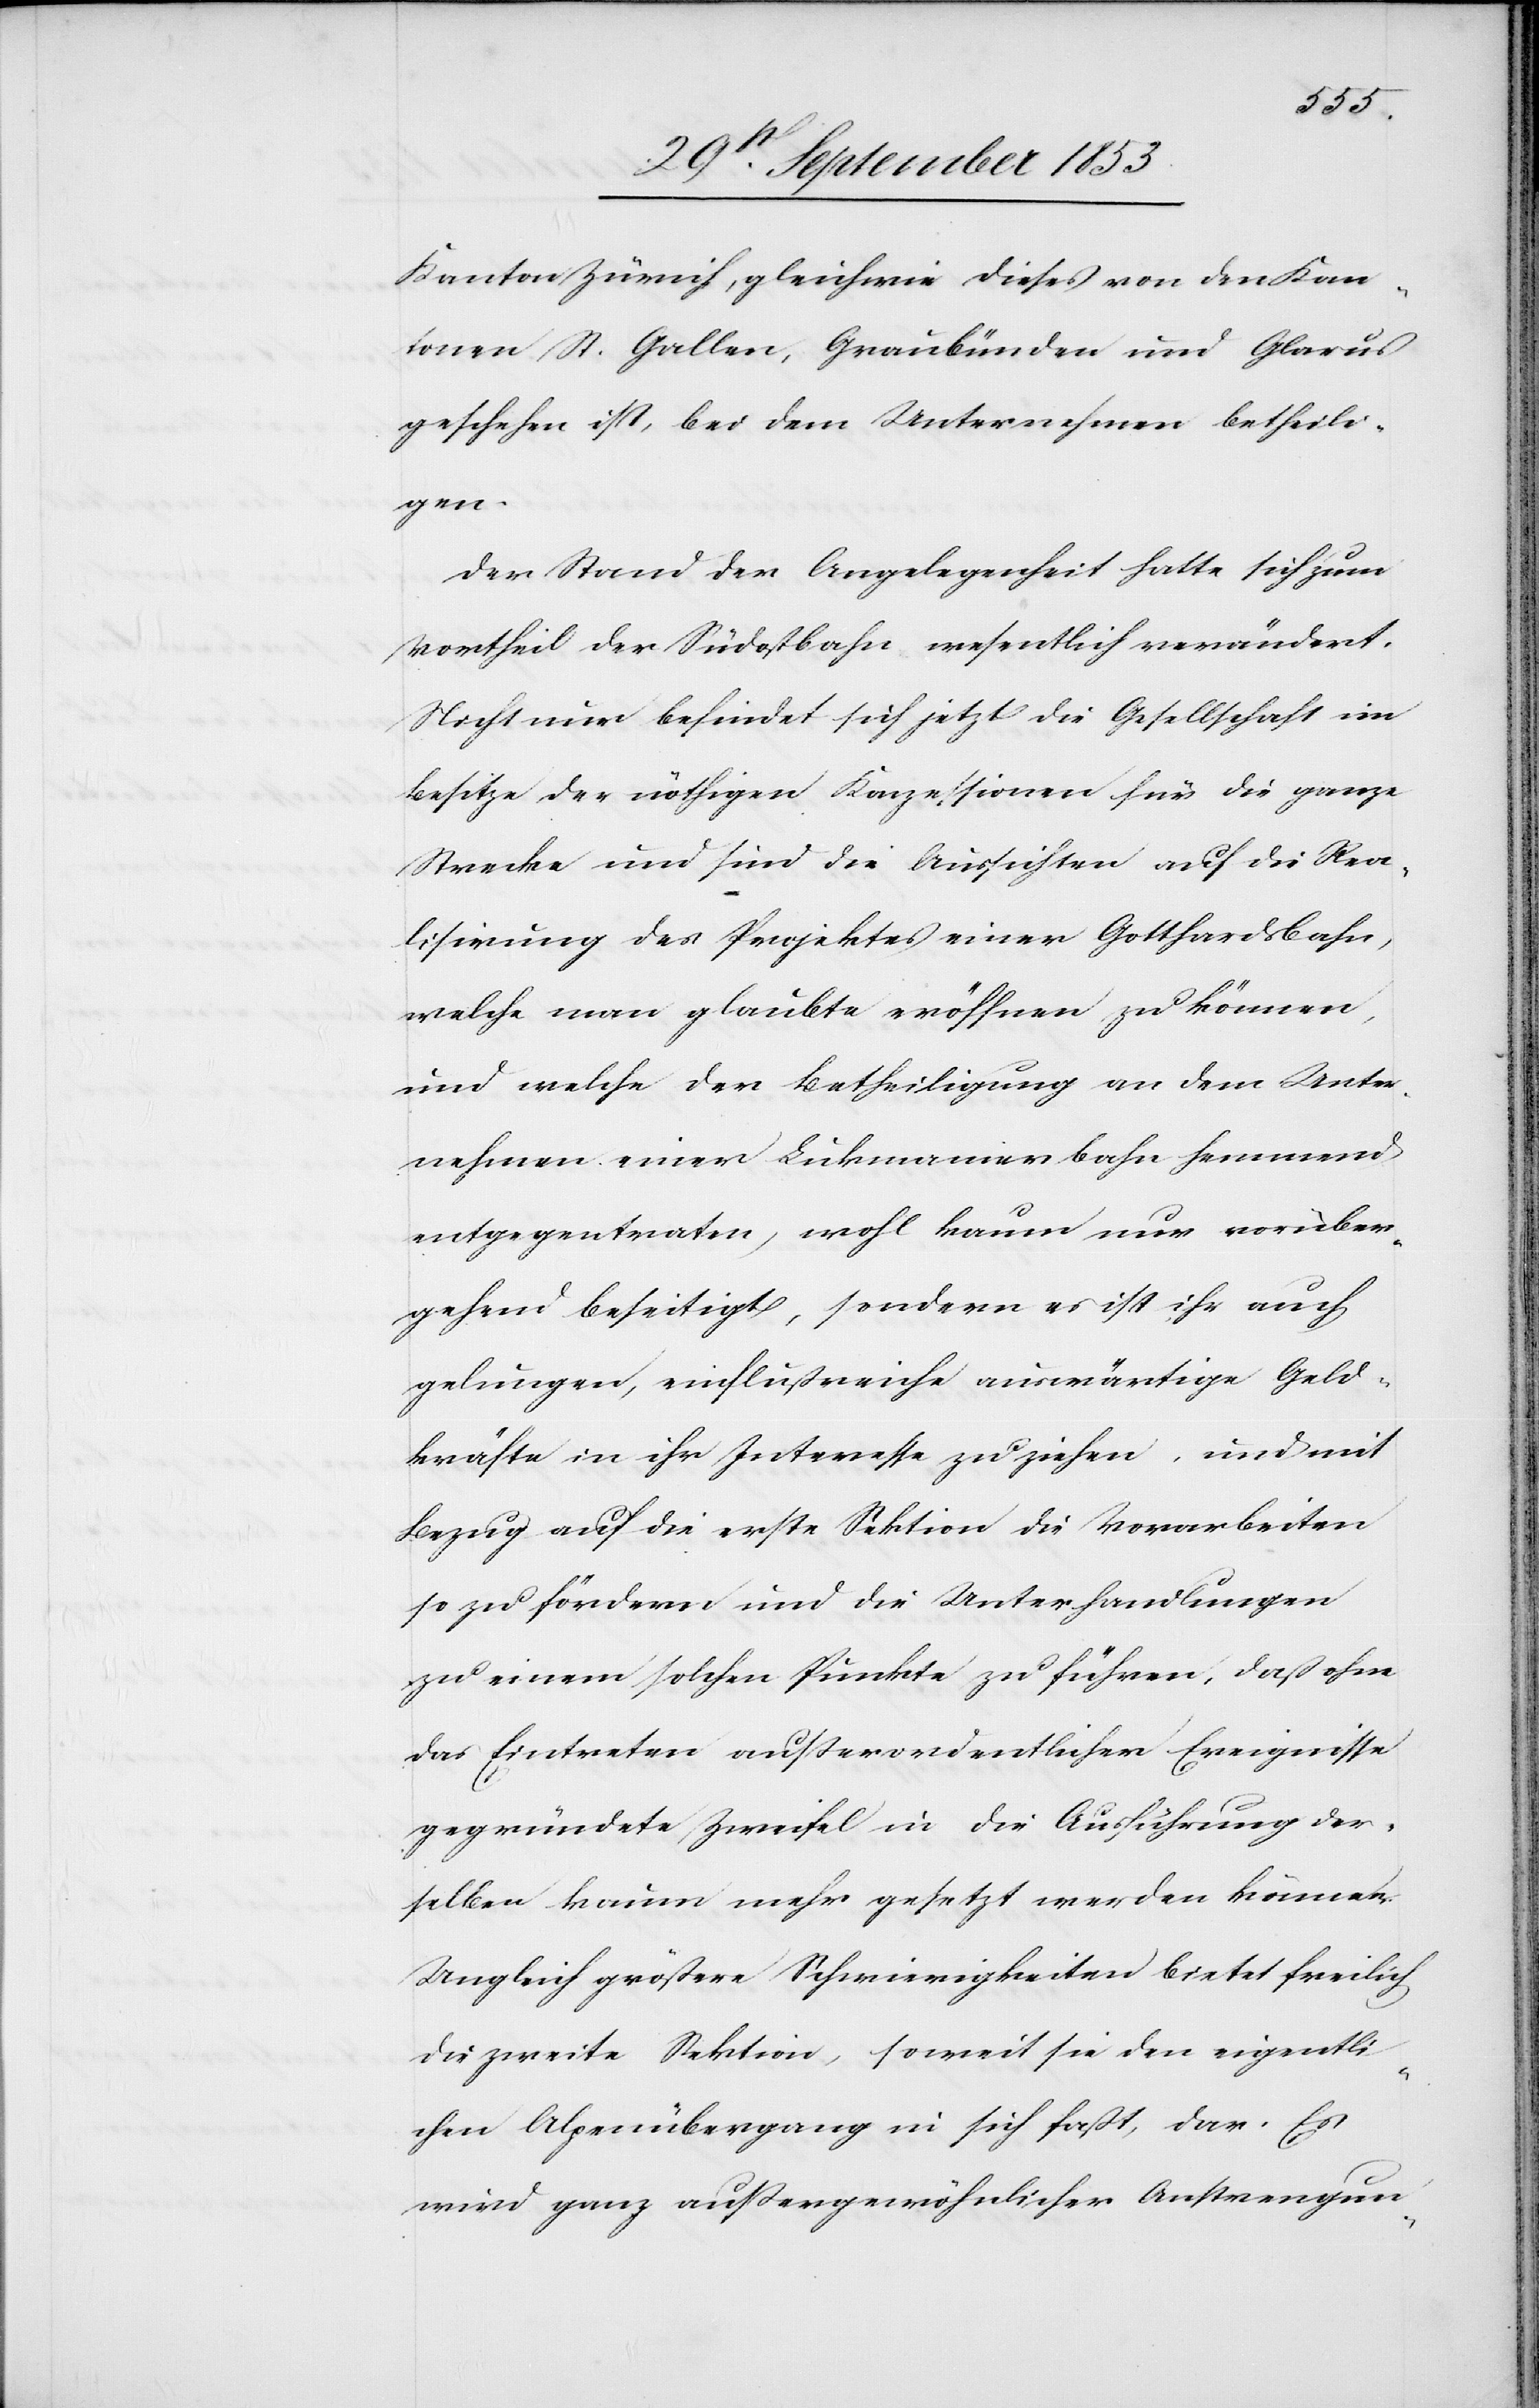
Kanton Zürich, gleichwie dieses von den Kan¬
tonen St. Gallen, Graubünden und Glarus
geschehen ist, bei dem Unternehmen betheili¬
gen.
Der Stand der Angelegenheit hatte sich zum
Vortheil der Südostbahn wesentlich verändert.
Nicht nur befindet sich jetzt die Gesellschaft im
Besitze der nöthigen Konzessionen für die ganze
Strecke und sind die Aussichten auf die Rea¬
lisirung des Projektes einer Gotthardbahn,
welche man glaubte eröffnen zu können,
und welche der Betheiligung an dem Unter¬
nehmen einer Lukmanierbahn hemmend
entgegentreten, wohl kaum nur vorüber¬
gehend beseitigt, sondern es ist ihr auch
gelungen, einflußreiche auswärtige Geld¬
kräfte in ihr Interesse zu ziehen, und mit
Bezug auf die erste Sektion die Vorarbeiten
so zu fördern und die Unterhandlungen
zu einem solchen Punkte zu führen, daß ohn¬
e Eintreten außerordentlicher Ereignisse
gegründete Zweifel in die Ausführung der¬
selben kaum mehr gesetzt werden können.
Ungleich größere Schwierigkeiten bietet freilich
die zweite Sektion, soweit sie den eigentli¬
chen Alpenübergang in sich faßt, dar. Es
wird ganz außergewöhnlicher Anstrengun-